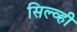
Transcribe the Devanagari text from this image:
सिल्व्ही